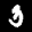
Label: 3